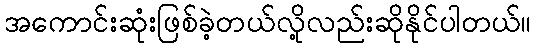
အကောင်းဆုံးဖြစ်ခဲ့တယ်လို့လည်းဆိုနိုင်ပါတယ်။